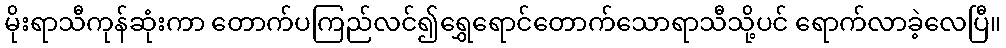
မိုးရာသီကုန်ဆုံးကာ တောက်ပကြည်လင်၍ရွှေရောင်တောက်သောရာသီသို့ပင် ရောက်လာခဲ့လေပြီ။